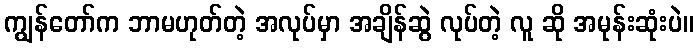
ကျွန်တော်က ဘာမဟုတ်တဲ့ အလုပ်မှာ အချိန်ဆွဲ လုပ်တဲ့ လူ ဆို အမုန်းဆုံးပဲ။